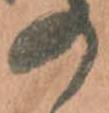
の